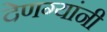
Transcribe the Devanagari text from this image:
देणग्यांनी